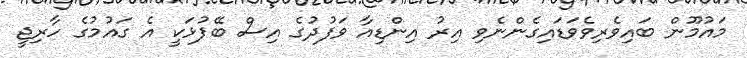
މައުމޫން ބައިވެރިވެވަޑައިގެންނެވި އިރު އިންޑިއާ ވަފުދުގެ އިސް ބޭފުޅަކީ އެ ގައުމުގެ ހާރިޖީ